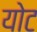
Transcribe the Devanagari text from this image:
योट